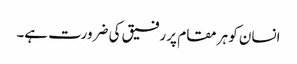
انسان کو ہر مقام پر رفیق کی ضرورت ہے۔